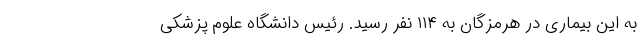
به این بیماری در هرمزگان به ۱۱۴ نفر رسید. رئیس دانشگاه علوم پزشکی